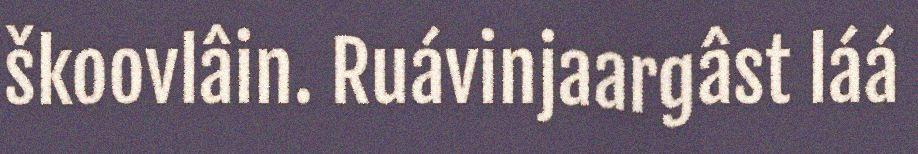
škoovlâin. Ruávinjaargâst láá